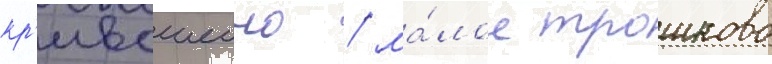
кр'ивошеино / ма́лое трошково